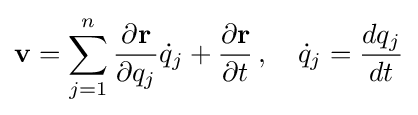
\mathbf {v} =\sum _{j=1}^{n}{\frac {\partial \mathbf {r} }{\partial q_{j}}}{\dot {q}}_{j}+{\frac {\partial \mathbf {r} }{\partial t}}\,,\quad {\dot {q}}_{j}={\frac {dq_{j}}{dt}}